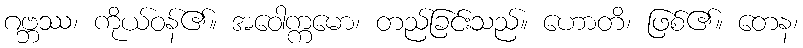
ဂဗ္ဘဿ၊ ကိုယ်ဝန်၏။ အဝေါက္ကမော၊ တည်ခြင်းသည်။ ဟောတိ၊ ဖြစ်၏။ တေန၊